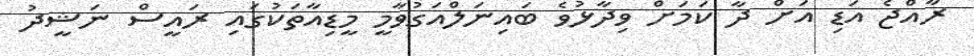
ރާއްޖެ އަޑި އަށް ދާ ކަމަށް ވިދާޅުވެ ބައިނަލްއަގުވާމީ މީޑިއާތަކުގައި ރައީސް ނަޝީދު